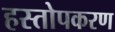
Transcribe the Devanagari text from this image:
हस्तोपकरण